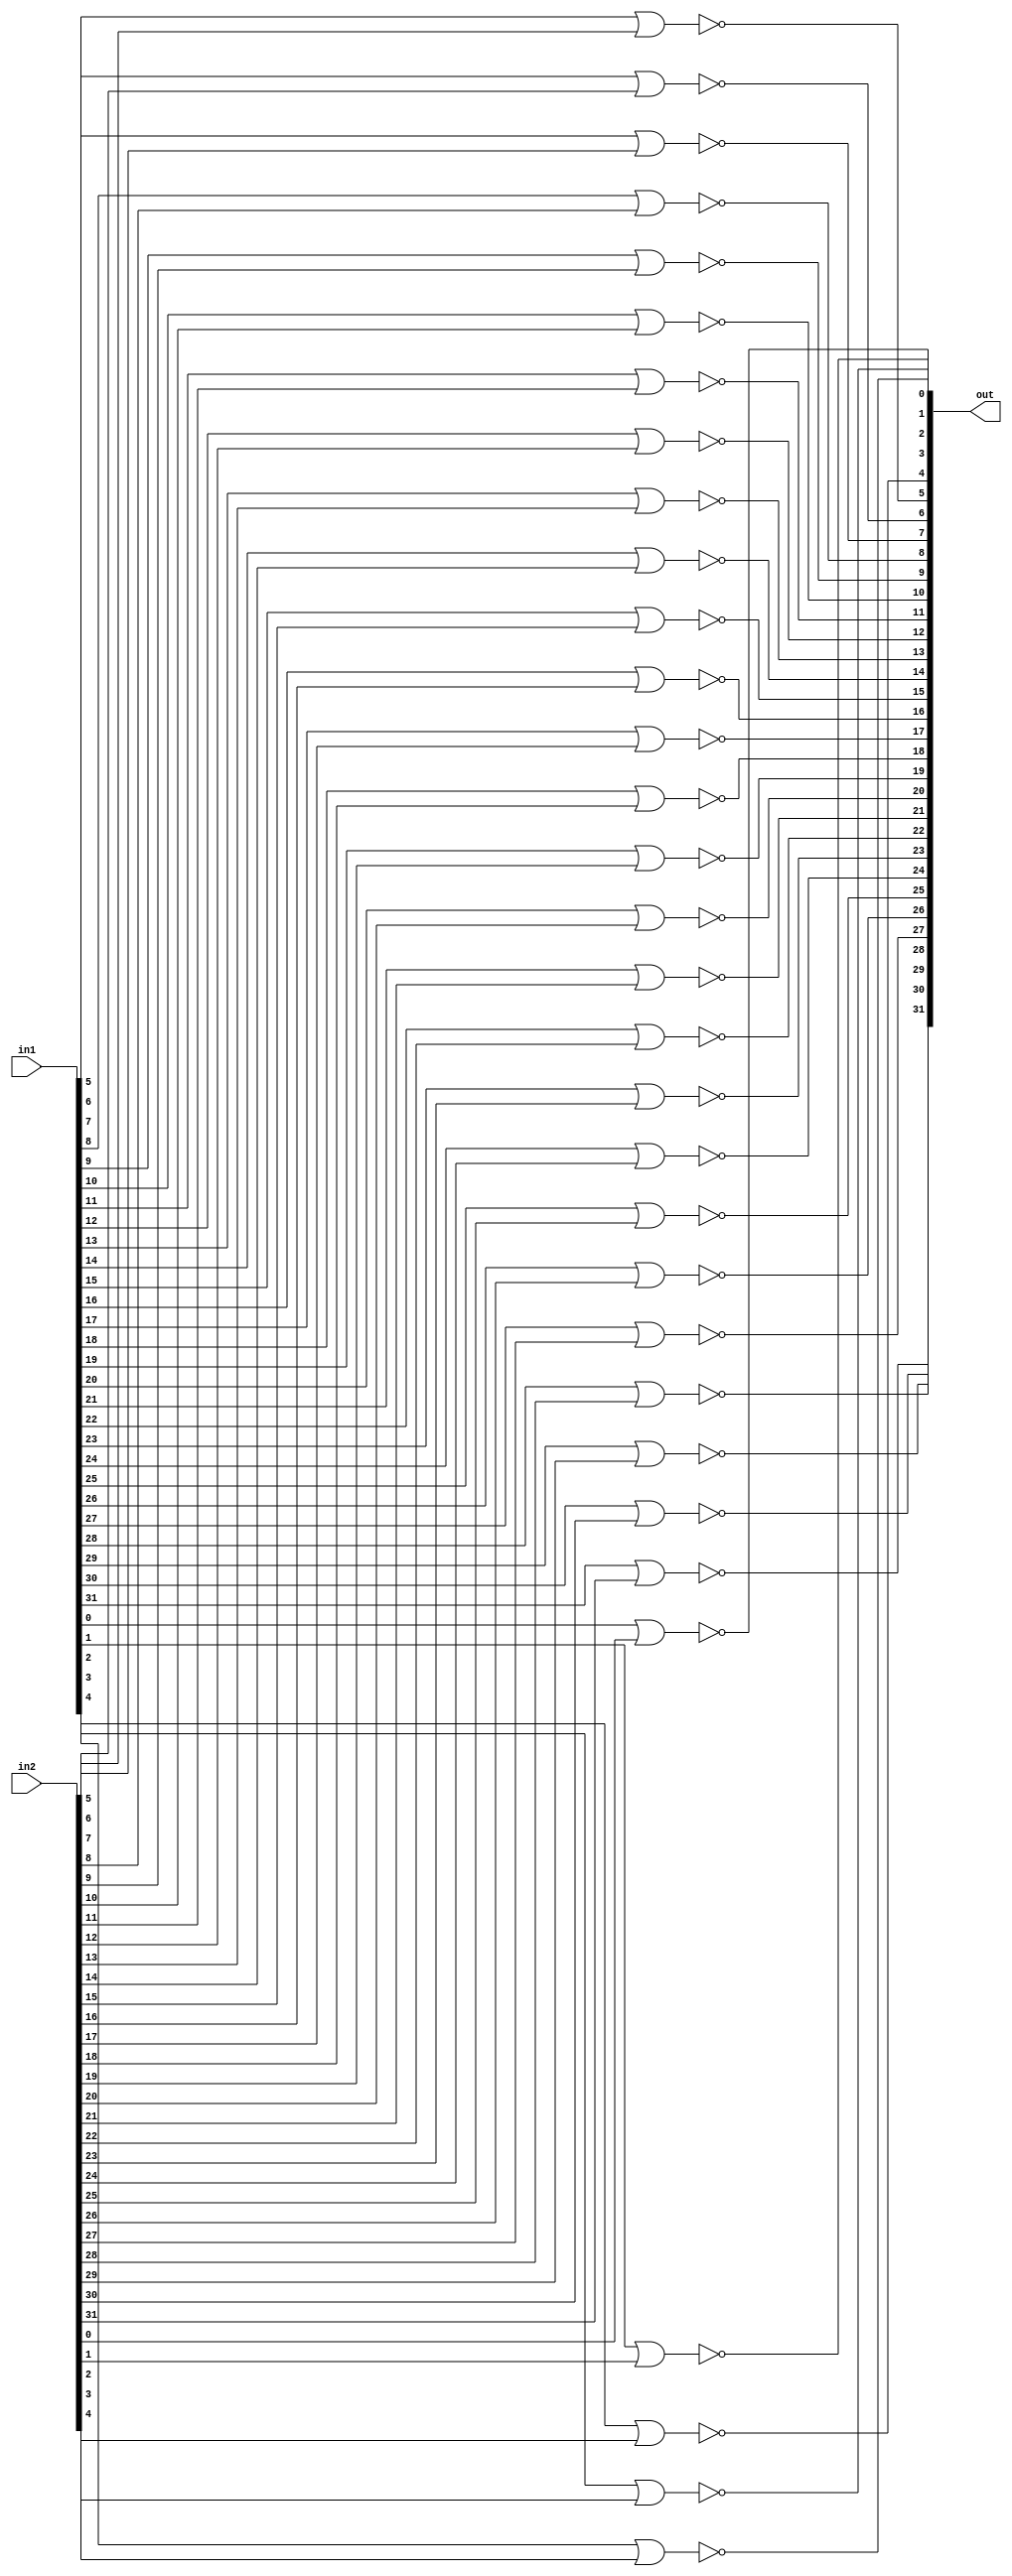
module norFunct(out, in1, in2);
	output [31:0] out;
	input [31:0] in1, in2;

	nor a(out[0], in1[0], in2[0]);
	nor b(out[1], in1[1], in2[1]);
	nor c(out[2], in1[2], in2[2]);
	nor d(out[3], in1[3], in2[3]);
	nor e(out[4], in1[4], in2[4]);
	nor f(out[5], in1[5], in2[5]);
	nor g(out[6], in1[6], in2[6]);
	nor h(out[7], in1[7], in2[7]);
	nor i(out[8], in1[8], in2[8]);
	nor j(out[9], in1[9], in2[9]);
	nor k(out[10], in1[10], in2[10]);
	nor l(out[11], in1[11], in2[11]);
	nor m(out[12], in1[12], in2[12]);
	nor n(out[13], in1[13], in2[13]);
	nor o(out[14], in1[14], in2[14]);
	nor p(out[15], in1[15], in2[15]);
	nor q(out[16], in1[16], in2[16]);
	nor r(out[17], in1[17], in2[17]);
	nor s(out[18], in1[18], in2[18]);
	nor t(out[19], in1[19], in2[19]);
	nor u(out[20], in1[20], in2[20]);
	nor v(out[21], in1[21], in2[21]);
	nor w(out[22], in1[22], in2[22]);
	nor x(out[23], in1[23], in2[23]);
	nor y(out[24], in1[24], in2[24]);
	nor z(out[25], in1[25], in2[25]);
	nor aa(out[26], in1[26], in2[26]);
	nor ab(out[27], in1[27], in2[27]);
	nor ac(out[28], in1[28], in2[28]);
	nor ad(out[29], in1[29], in2[29]);
	nor ae(out[30], in1[30], in2[30]);
	nor af(out[31], in1[31], in2[31]);

endmodule